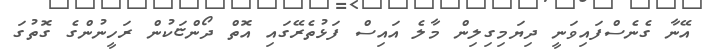
އޭނާ ގެނެސްފައިވަނީ ދިޔަމިގިލިން މާލެ އައިސް ފަޅުތެރޭގައި އޮތް ދޯންޏަކުން ރަހީނުންގެ ގޮތުގަ